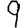
Digit: 9